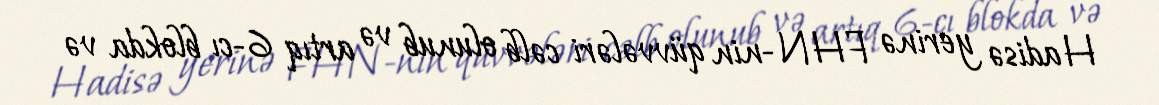
Hadisə yerinə FHN-nin qüvvələri cəlb olunub və artıq 6-cı blokda və